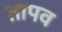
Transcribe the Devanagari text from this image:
तापव